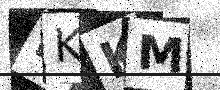
Text: EKKM